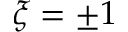
\xi = \pm 1